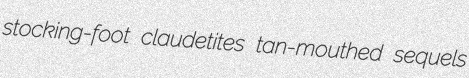
stocking-foot claudetites tan-mouthed sequels